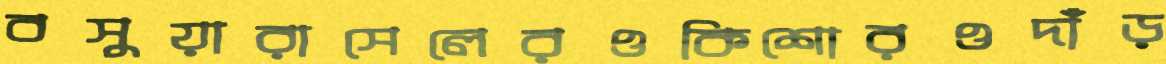
বসুয়ারাসেলেরওকিশোরওদাঁড়